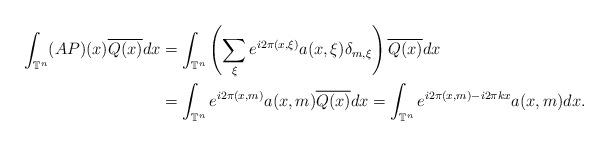
LaTeX: \begin{align*}\int_{\mathbb{T}^n}(A P)(x)\overline{Q(x)}dx &=\int_{\mathbb{T}^n}\left(\sum_\xi e^{i2\pi(x,\xi)}{a(x,\xi)\delta_{m,\xi}} \right)\overline{Q(x)}dx\\&=\int_{\mathbb{T}^n} e^{i2\pi(x,m)}a(x,m)\overline{Q(x)}dx=\int_{\mathbb{T}^n} e^{i2\pi(x,m)-i2\pi kx }a(x,m)dx.\end{align*}